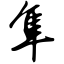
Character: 隼